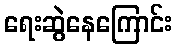
ရေးဆွဲနေကြောင်း